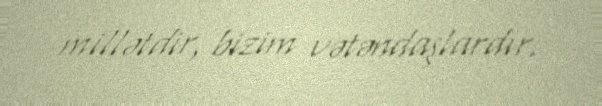
millətdir, bizim vətəndaşlardır.